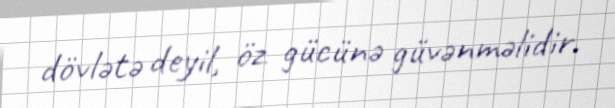
dövlətə deyil, öz gücünə güvənməlidir.